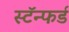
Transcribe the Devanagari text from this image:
स्टॅन्फर्ड